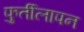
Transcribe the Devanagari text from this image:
फुर्तीलापन